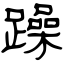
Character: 躁